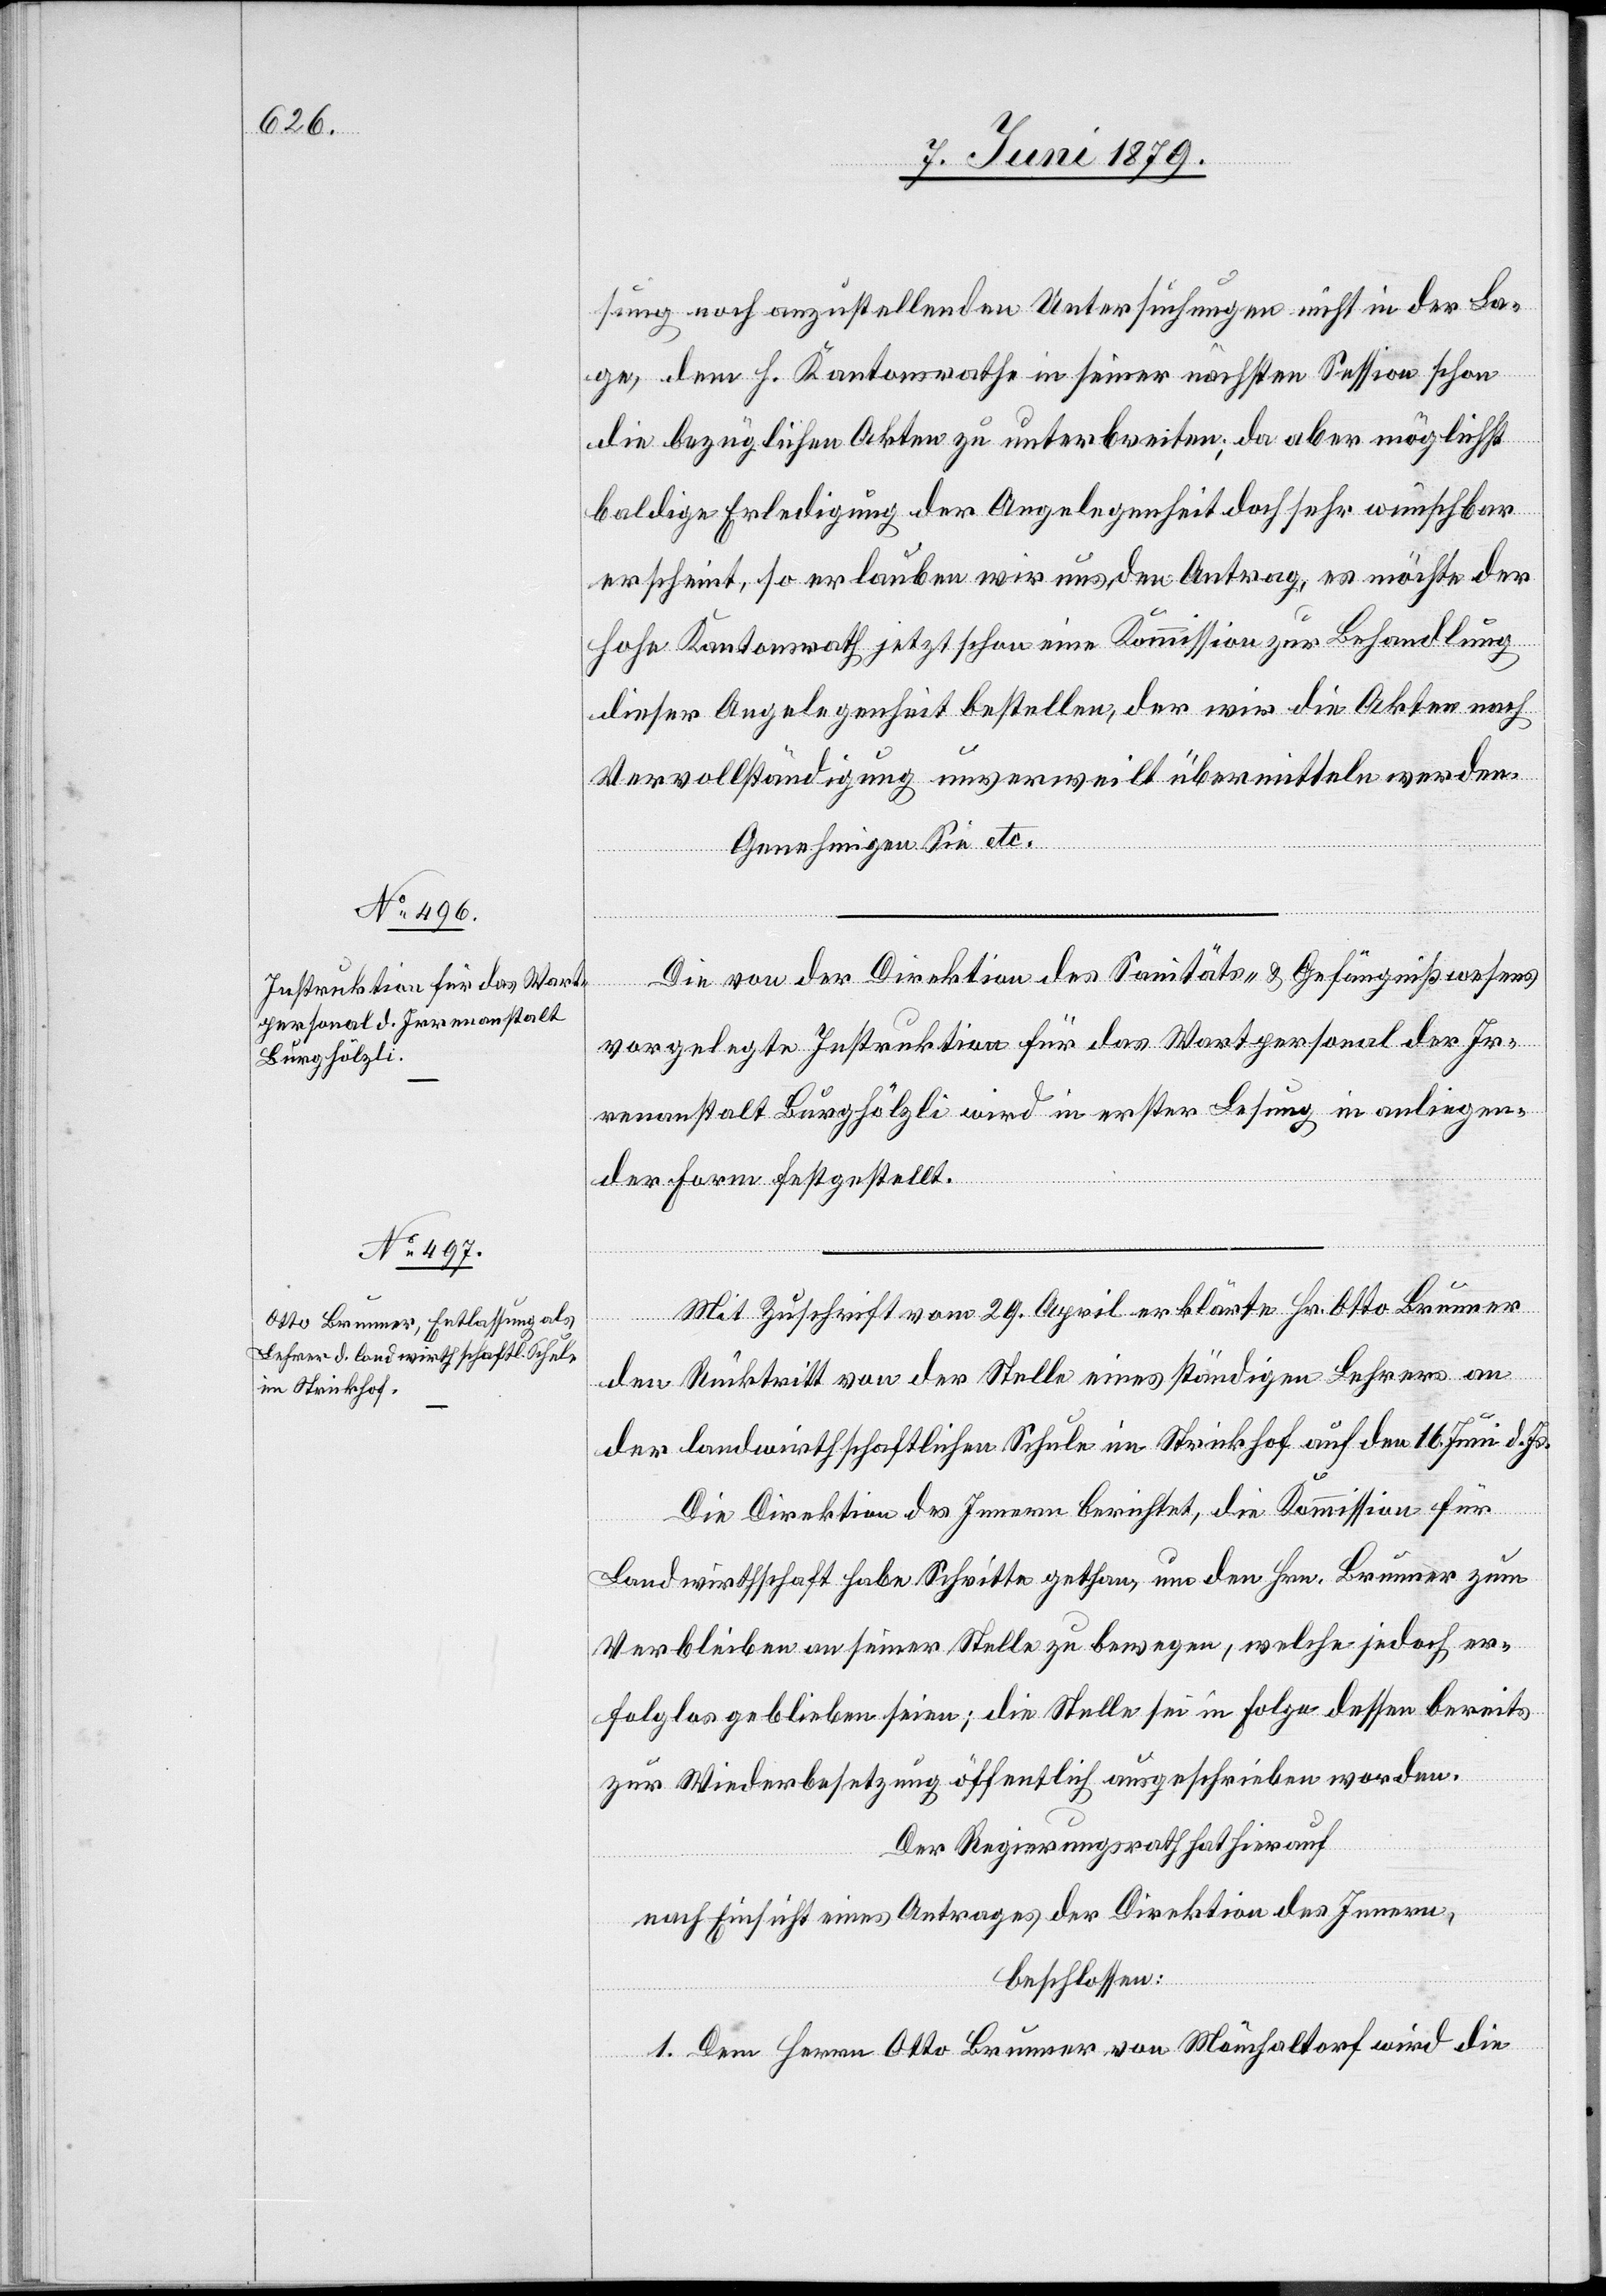
sung noch anzustellenden Untersuchungen nicht in der La¬
ge, dem h. Kantonsrathe in seiner nächsten Session schon
die bezüglichen Akten zu unterbreiten; da aber möglichst
baldige Erledigung der Angelegenheit doch sehr wünschbar
erscheint, so erlauben wir uns den Antrag, es möchte der
hohe Kantonsrath jetzt schon eine Kommission zur Behandlung
dieser Angelegenheit bestellen, der wir die Akten nach
Vervollständigung unverweilt übermitteln werden.
Genehmigen Sie etc.
Die von der Direktion des Sanitäts- & Gefängnißwesens
vorgelegte Instruktion für das Wartpersonal der Ir¬
renanstalt Burghölzli wird in erster Lesung in anliegen¬
der Form festgestellt.
Mit Zuschrift vom 29. April erklärte Hr. Otto Brunner
den Rücktritt von der Stelle eines ständigen Lehrers an
der landwirthschaftlichen Schule im Strickhof auf den 16. Juni d. Js.
Die Direktion des Innern berichtet, die Kommission für
Landwirthschaft habe Schritte gethan, um den Hrn. Brunner zum
Verbleiben an seiner Stelle zu bewegen, welche jedoch er¬
folglos geblieben seien; die Stelle sei in Folge dessen bereits
zur Wiederbesetzung öffentlich ausgeschrieben worden.
Der Regierungsrath hat hierauf
nach Einsicht eines Antrages der Direktion des Innern,
beschlossen:
1. Dem Herrn Otto Brunner von Mönchaltorf wird die